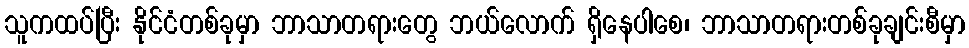
သူကထပ်ပြီး နိုင်ငံတစ်ခုမှာ ဘာသာတရားတွေ ဘယ်လောက် ရှိနေပါစေ၊ ဘာသာတရားတစ်ခုချင်းစီမှာ